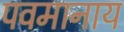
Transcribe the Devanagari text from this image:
पवमानाय